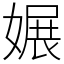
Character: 㜊